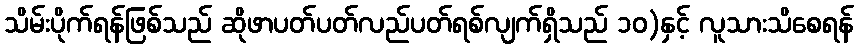
သိမ်းပိုက်ရန်ဖြစ်သည် ဆိုဖာပတ်ပတ်လည်ပတ်ရစ်လျက်ရှိသည် ၁၀)နှင့် လူသားသိစေရန်